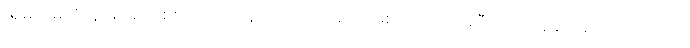
အမည်မသိလူအုပ်စုတစ်စုက ဝိုင်းဝန်းသတ်ဖြတ်ခဲ့တာဖြစ်တယ်လို့ အဲဒီထုတ်ပြန်ချက်မှာ ပါရှိပါတယ်။